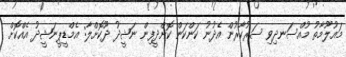
މައުލޫމާތު މުއްސަނދިވި ސަރުކާރުން އެދުނު ކަންކަން ކޮށްދީފިން ނަޝީދު ދޫކޮށްލާ: އެމްޑީޕީނަޝީދު އެއްކޮށް